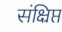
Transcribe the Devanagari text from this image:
संक्ष्रिप्त